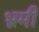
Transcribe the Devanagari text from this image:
भ्रमी